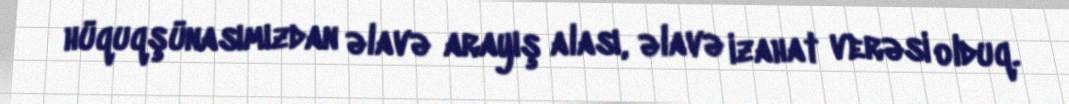
hüquqşünasımızdan əlavə arayış alası, əlavə izahat verəsi olduq.